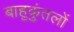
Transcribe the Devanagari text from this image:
बाहुकुंतलों